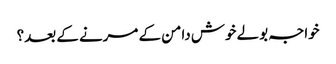
خواجہ بولے خوش دامن کے مرنے کے بعد؟